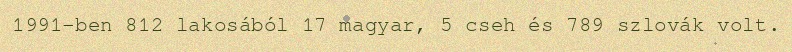
1991-ben 812 lakosából 17 magyar, 5 cseh és 789 szlovák volt.